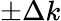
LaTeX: \pm\Delta k